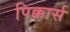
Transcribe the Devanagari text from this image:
पिक्कार्स